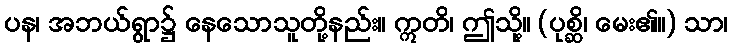
ပန၊ အဘယ်ရွာ၌ နေသောသူတို့နည်း။ ဣတိ၊ ဤသို့။ (ပုစ္ဆိ၊ မေး၏။) သာ၊